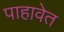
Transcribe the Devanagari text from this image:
पाहावेत